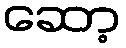
ဆော့